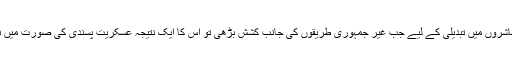
ان معاشروں میں تبدیلی کے لیے جب غیر جمہوری طریقوں کی جانب کشش بڑھی تو اس کا ایک نتیجہ عسکریت پسندی کی صورت میں نکلا ۔